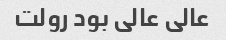
عالی عالی بود رولت